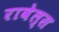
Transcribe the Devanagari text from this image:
रावेल्स